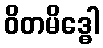
ဝိတမိဒ္ဓေါ